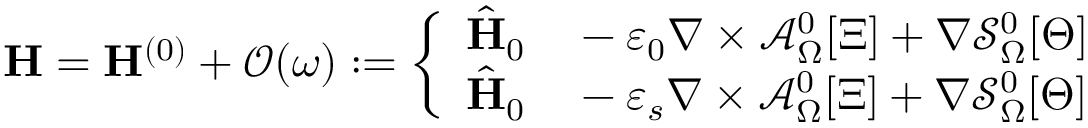
\mathbf { H } = \mathbf { H } ^ { ( 0 ) } + \mathcal { O } ( \omega ) : = \left\{ \begin{array} { r l } { \hat { \mathbf { H } } _ { 0 } } & { { } - \varepsilon _ { 0 } \nabla \times \mathcal { A } _ { \Omega } ^ { 0 } [ \Xi ] + \nabla \mathcal { S } _ { \Omega } ^ { 0 } [ \Theta ] } \\ { \hat { \mathbf { H } } _ { 0 } } & { { } - \varepsilon _ { s } \nabla \times \mathcal { A } _ { \Omega } ^ { 0 } [ \Xi ] + \nabla \mathcal { S } _ { \Omega } ^ { 0 } [ \Theta ] } \end{array} \right.